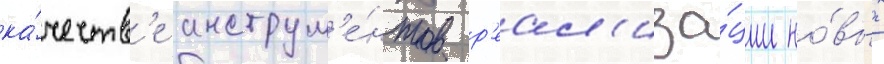
ка́честв'е инструм'е́нтов р'еал'иза́ции но́вых